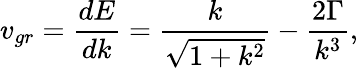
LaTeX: {v_{gr}}=\frac{{dE}}{{dk}}=\frac{k}{{\sqrt{1+{k^{2}}}}}-\frac{{2\Gamma}}{{{k^{3}}}},